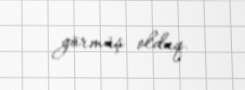
görmüş olduq.